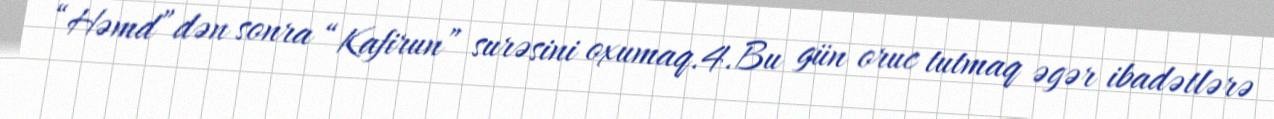
“Həmd”dən sonra “Kafirun” surəsini oxumaq.4.Bu gün oruc tutmaq əgər ibadətlərə